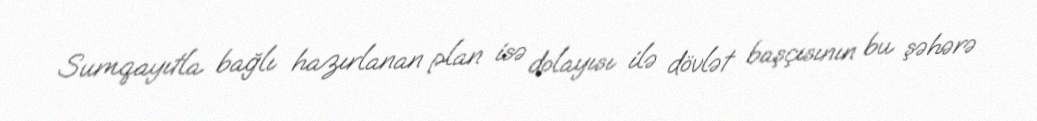
Sumqayıtla bağlı hazırlanan plan isə dolayısı ilə dövlət başçısının bu şəhərə